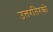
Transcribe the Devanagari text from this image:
उत्तरतिरको